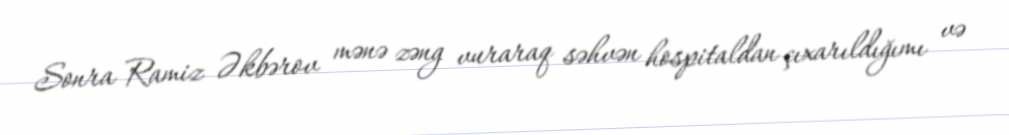
Sonra Ramiz Əkbərov mənə zəng vuraraq səhvən hospitaldan çıxarıldığımı və